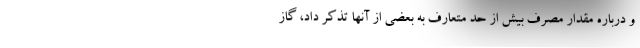
و درباره مقدار مصرف‌ بیش از حد متعارف به بعضی از آنها تذکر داد، گاز